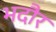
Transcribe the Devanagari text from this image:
भदौर